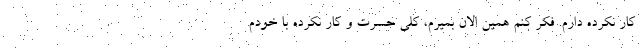
کار نکرده دارم. فکر کنم همین الان بمیرم، کلی حسرت و کار نکرده با خودم